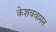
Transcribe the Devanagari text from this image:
केशववामन